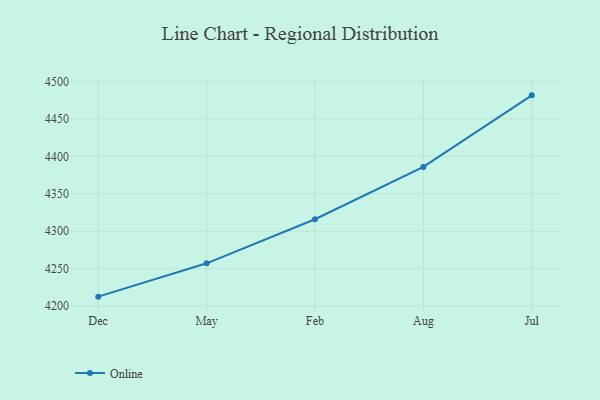
{"axis": {"x": "Month", "y": "Temperature (°C)"}, "legend": ["Online"], "data": [{"x": "Dec", "y": 4212.6, "type": "Online"}, {"x": "May", "y": 4257.1, "type": "Online"}, {"x": "Feb", "y": 4316.0, "type": "Online"}, {"x": "Aug", "y": 4385.8, "type": "Online"}, {"x": "Jul", "y": 4481.4, "type": "Online"}]}